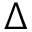
\Delta